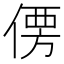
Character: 𰂣